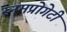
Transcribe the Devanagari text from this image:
स्नमप्रोगेटी